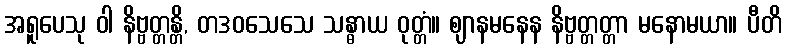
အရူပေသု ဝါ နိဗ္ဗတ္တန္တိ, တဒဝသေသေ သန္ဓာယ ဝုတ္တံ။ ဈာနမနေန နိဗ္ဗတ္တတ္တာ မနောမယာ။ ပီတိ